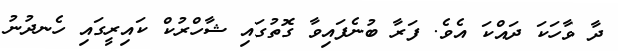
ދާ ވާހަކަ ދައްކަ އެވެ. ފަރާ ބުނެފައިވާ ގޮތުގައި ޝާހްރުކް ކައިރީގައި ހެނދުނު